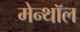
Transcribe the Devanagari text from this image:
मेन्थॉल